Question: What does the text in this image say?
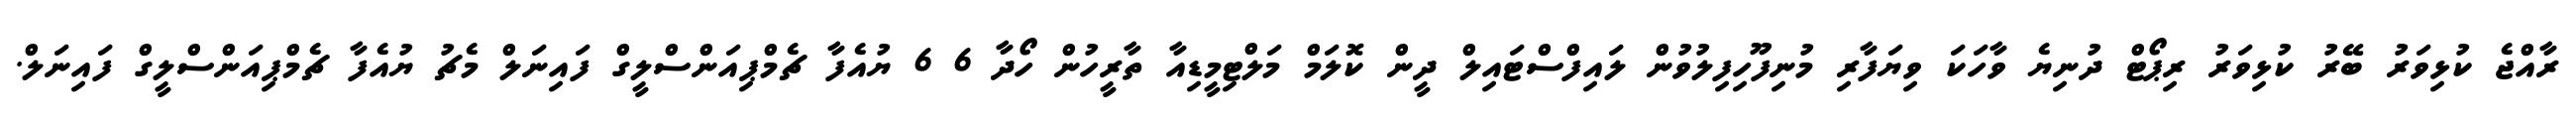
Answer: ރާއްޖެ ކުޅިވަރު ބޭރު ކުޅިވަރު ރިޕޯޓް ދުނިޔެ ވާހަކަ ވިޔަފާރި މުނިފޫހިފިލުވުން ލައިފްސްޓައިލް ދީން ކޮލަމް މަލްޓިމީޑިއާ ތާރީހުން ހޯދާ 6 6 ޔުއެފާ ޗެމްޕިއަންސްލީގް ފައިނަލް މެޗު ޔުއެފާ ޗެމްޕިއަންސްލީގް ފައިނަލް.